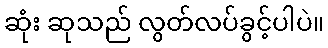
ဆုံး ဆုသည် လွတ်လပ်ခွင့်ပါပဲ။